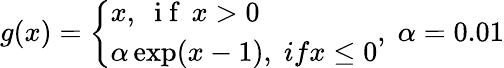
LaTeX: g(x)=\left\{ \begin{array}{ll}{x,\; \mathrm{~i~f~}\, x>0}\\ {\alpha\exp(x-1),\; ifx\le 0}\end{array}\right.,\; \alpha=0.01